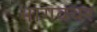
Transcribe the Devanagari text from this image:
भागवथर